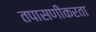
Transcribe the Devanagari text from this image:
तपासणीकरता